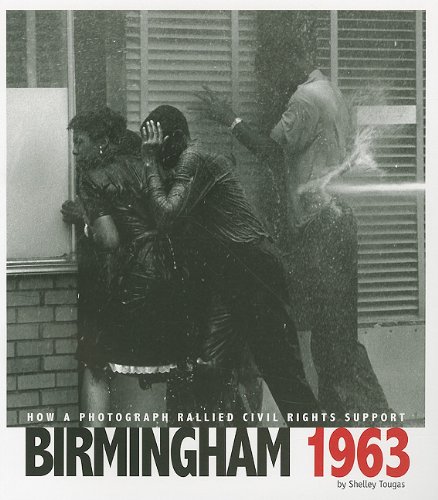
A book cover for Birmingham 1963: How a Photograph Rallied Civil Rights Support (Captured History); Shelley Tougas; Children's Books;